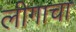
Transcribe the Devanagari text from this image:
लीगाचा